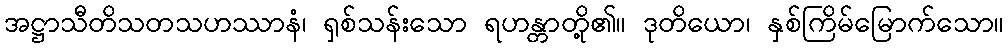
အဋ္ဌာသီတိသတသဟဿာနံ၊ ရှစ်သန်းသော ရဟန္တာတို့၏။ ဒုတိယော၊ နှစ်ကြိမ်မြောက်သော။